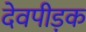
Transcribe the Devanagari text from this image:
देवपीड़क